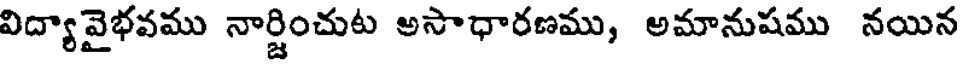
విద్యావైభవము నార్జించుట అసాధారణము, అమానుషము నయిన